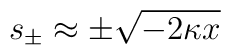
s_{\pm} \approx \pm \sqrt{- 2 \kappa x}